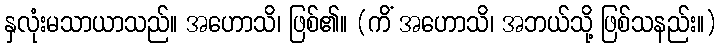
နှလုံးမသာယာသည်။ အဟောသိ၊ ဖြစ်၏။ (ကိံ အဟောသိ၊ အဘယ်သို့ ဖြစ်သနည်း။)